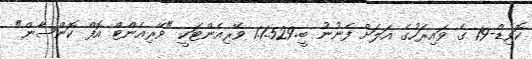
ކޮވިޑް-19 ގެ ވައިރަހުގެ އަލަށް ފެނުނު ބީ.1.1.529 ވޭރިއެންޓަކީ "ވޭރިއެންޓް އޮފް ކޮންސާން"